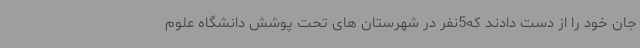
جان خود را از دست دادند که5نفر در شهرستان های تحت پوشش دانشگاه علوم